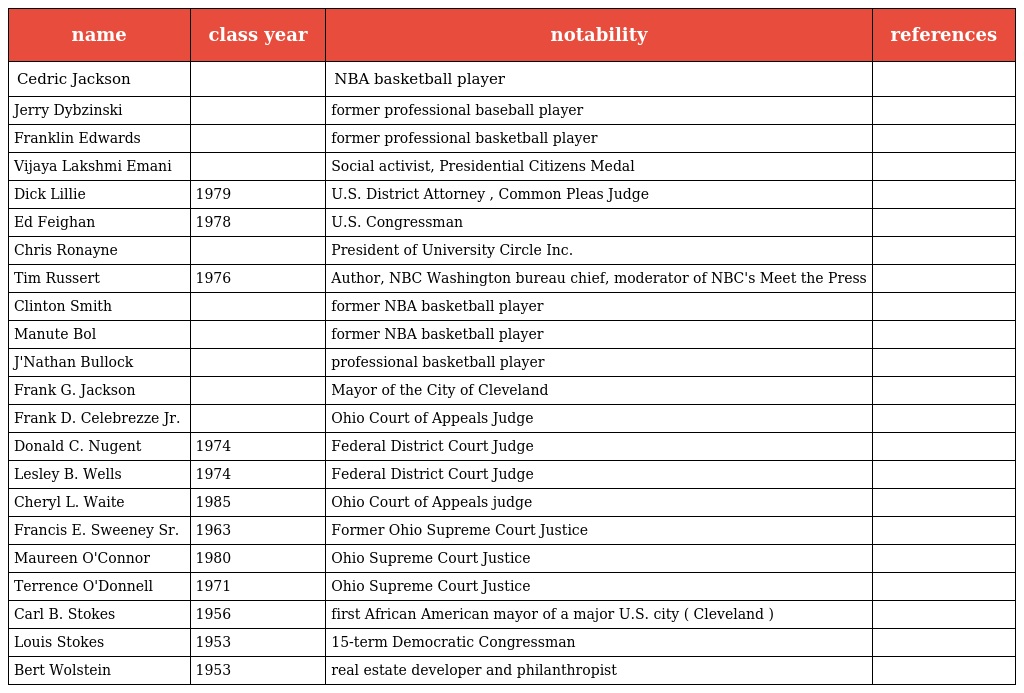
| name | class year | notability | references |
 | --- | --- | --- | --- |
 | Cedric Jackson |  | NBA basketball player |  |
 | Jerry Dybzinski |  | former professional baseball player |  |
 | Franklin Edwards |  | former professional basketball player |  |
 | Vijaya Lakshmi Emani |  | Social activist, Presidential Citizens Medal |  |
 | Dick Lillie | 1979 | U.S. District Attorney , Common Pleas Judge |  |
 | Ed Feighan | 1978 | U.S. Congressman |  |
 | Chris Ronayne |  | President of University Circle Inc. |  |
 | Tim Russert | 1976 | Author, NBC Washington bureau chief, moderator of NBC's Meet the Press |  |
 | Clinton Smith |  | former NBA basketball player |  |
 | Manute Bol |  | former NBA basketball player |  |
 | J'Nathan Bullock |  | professional basketball player |  |
 | Frank G. Jackson |  | Mayor of the City of Cleveland |  |
 | Frank D. Celebrezze Jr. |  | Ohio Court of Appeals Judge |  |
 | Donald C. Nugent | 1974 | Federal District Court Judge |  |
 | Lesley B. Wells | 1974 | Federal District Court Judge |  |
 | Cheryl L. Waite | 1985 | Ohio Court of Appeals judge |  |
 | Francis E. Sweeney Sr. | 1963 | Former Ohio Supreme Court Justice |  |
 | Maureen O'Connor | 1980 | Ohio Supreme Court Justice |  |
 | Terrence O'Donnell | 1971 | Ohio Supreme Court Justice |  |
 | Carl B. Stokes | 1956 | first African American mayor of a major U.S. city ( Cleveland ) |  |
 | Louis Stokes | 1953 | 15-term Democratic Congressman |  |
 | Bert Wolstein | 1953 | real estate developer and philanthropist |  |